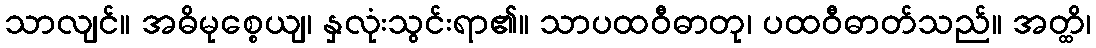
သာလျင်။ အဓိမုစ္စေယျ၊ နှလုံးသွင်းရာ၏။ သာပထဝီဓာတု၊ ပထဝီဓာတ်သည်။ အတ္ထိ၊